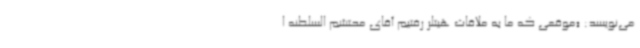
می‌نویسد: «موقعی که ما به ملاقات هیتلر رفتیم آقای محتشم السلطنه ا